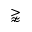
\gnapprox